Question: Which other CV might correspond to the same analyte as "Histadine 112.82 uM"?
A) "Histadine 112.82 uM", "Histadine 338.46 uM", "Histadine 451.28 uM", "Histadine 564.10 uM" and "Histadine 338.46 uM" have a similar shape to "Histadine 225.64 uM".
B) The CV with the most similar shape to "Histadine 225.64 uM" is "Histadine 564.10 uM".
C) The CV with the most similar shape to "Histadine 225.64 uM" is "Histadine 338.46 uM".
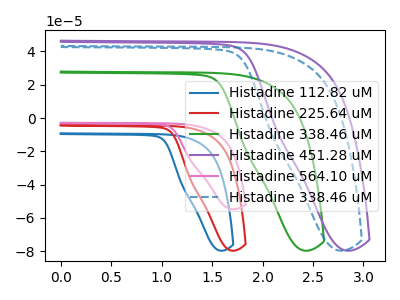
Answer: <think>The blue curve "Histadine 112.82 uM" has no peaks. The red curve "Histadine 225.64 uM" has no peaks. The green curve "Histadine 338.46 uM" has no peaks. The purple curve "Histadine 451.28 uM" has no peaks. The pink curve "Histadine 564.10 uM" has no peaks. The blue dashed curve "Histadine 338.46 uM" has no peaks.
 Neither "Histadine 112.82 uM" or "Histadine 225.64 uM" have any peaks. Neither "Histadine 112.82 uM" or "Histadine 338.46 uM" have any peaks. Neither "Histadine 112.82 uM" or "Histadine 451.28 uM" have any peaks. Neither "Histadine 112.82 uM" or "Histadine 564.10 uM" have any peaks. Neither "Histadine 112.82 uM" or "Histadine 338.46 uM" have any peaks. Neither "Histadine 225.64 uM" or "Histadine 338.46 uM" have any peaks. Neither "Histadine 225.64 uM" or "Histadine 451.28 uM" have any peaks. Neither "Histadine 225.64 uM" or "Histadine 564.10 uM" have any peaks. Neither "Histadine 225.64 uM" or "Histadine 338.46 uM" have any peaks. Neither "Histadine 338.46 uM" or "Histadine 451.28 uM" have any peaks. Neither "Histadine 338.46 uM" or "Histadine 564.10 uM" have any peaks. Neither "Histadine 338.46 uM" or "Histadine 338.46 uM" have any peaks. Neither "Histadine 451.28 uM" or "Histadine 564.10 uM" have any peaks. Neither "Histadine 451.28 uM" or "Histadine 338.46 uM" have any peaks. Neither "Histadine 564.10 uM" or "Histadine 338.46 uM" have any peaks.</think>
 <answer>A) "Histadine 112.82 uM", "Histadine 338.46 uM", "Histadine 451.28 uM", "Histadine 564.10 uM" and "Histadine 338.46 uM" have a similar shape to "Histadine 225.64 uM".</answer>
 <eval>A</eval>